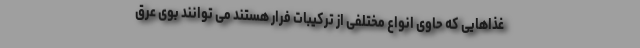
غذاهایی که حاوی انواع مختلفی از ترکیبات فرار هستند می توانند بوی عرق